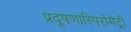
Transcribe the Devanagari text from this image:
प्रदूषण।स्पिरोमेट्री